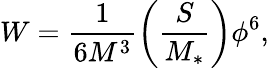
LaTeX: W=\frac{1}{6M^{3}}\left(\frac{S}{M_{*}}\right)\phi^{6},